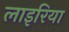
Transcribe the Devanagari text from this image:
लाइरिया